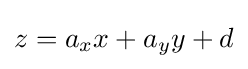
z=a_{x}x+a_{y}y+d